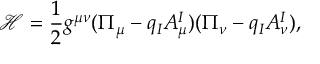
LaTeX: \mathcal { H } = \frac 1 2 g ^ { \mu \nu } ( \Pi _ { \mu } - q _ { I } A _ { \mu } ^ { I } ) ( \Pi _ { \nu } - q _ { I } A _ { \nu } ^ { I } ) ,